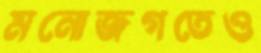
মনোজগতেও